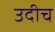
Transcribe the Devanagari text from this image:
उदीच